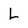
Character: L